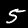
Digit: 5